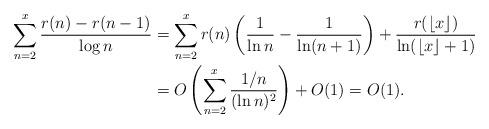
LaTeX: \begin{align*}\sum_{n=2}^x \frac{r(n)-r(n-1)}{\log n}&= \sum_{n=2}^x r(n)\left(\frac{1}{\ln n} - \frac{1}{\ln(n+1)}\right) + \frac{r(\left\lfloor x\right\rfloor)}{\ln(\left\lfloor x\right\rfloor +1)}\\&=O\left(\sum_{n=2}^x \frac{1/n}{(\ln n)^2}\right) + O(1) = O(1).\end{align*}